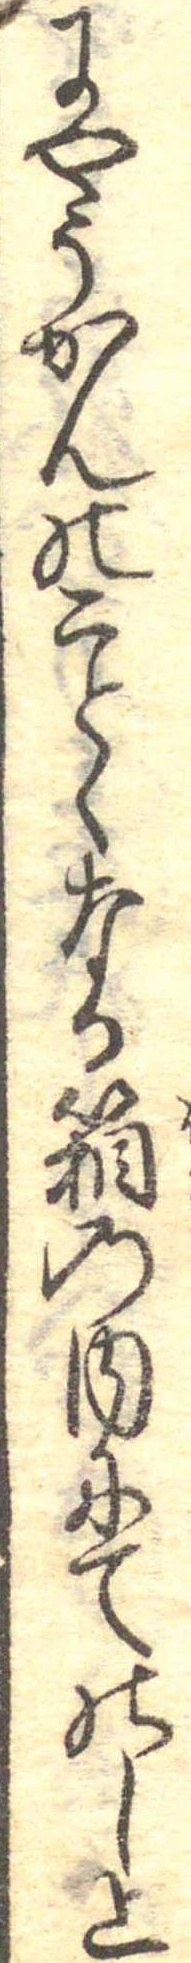
にやうかんのことくなる箱の内にてのし上